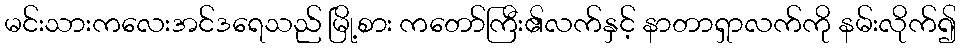
မင်းသားကလေးအင်ဒရေသည် မြို့စား ကတော်ကြီး၏လက်နှင့် နာတာရှာလက်ကို နမ်းလိုက်၍